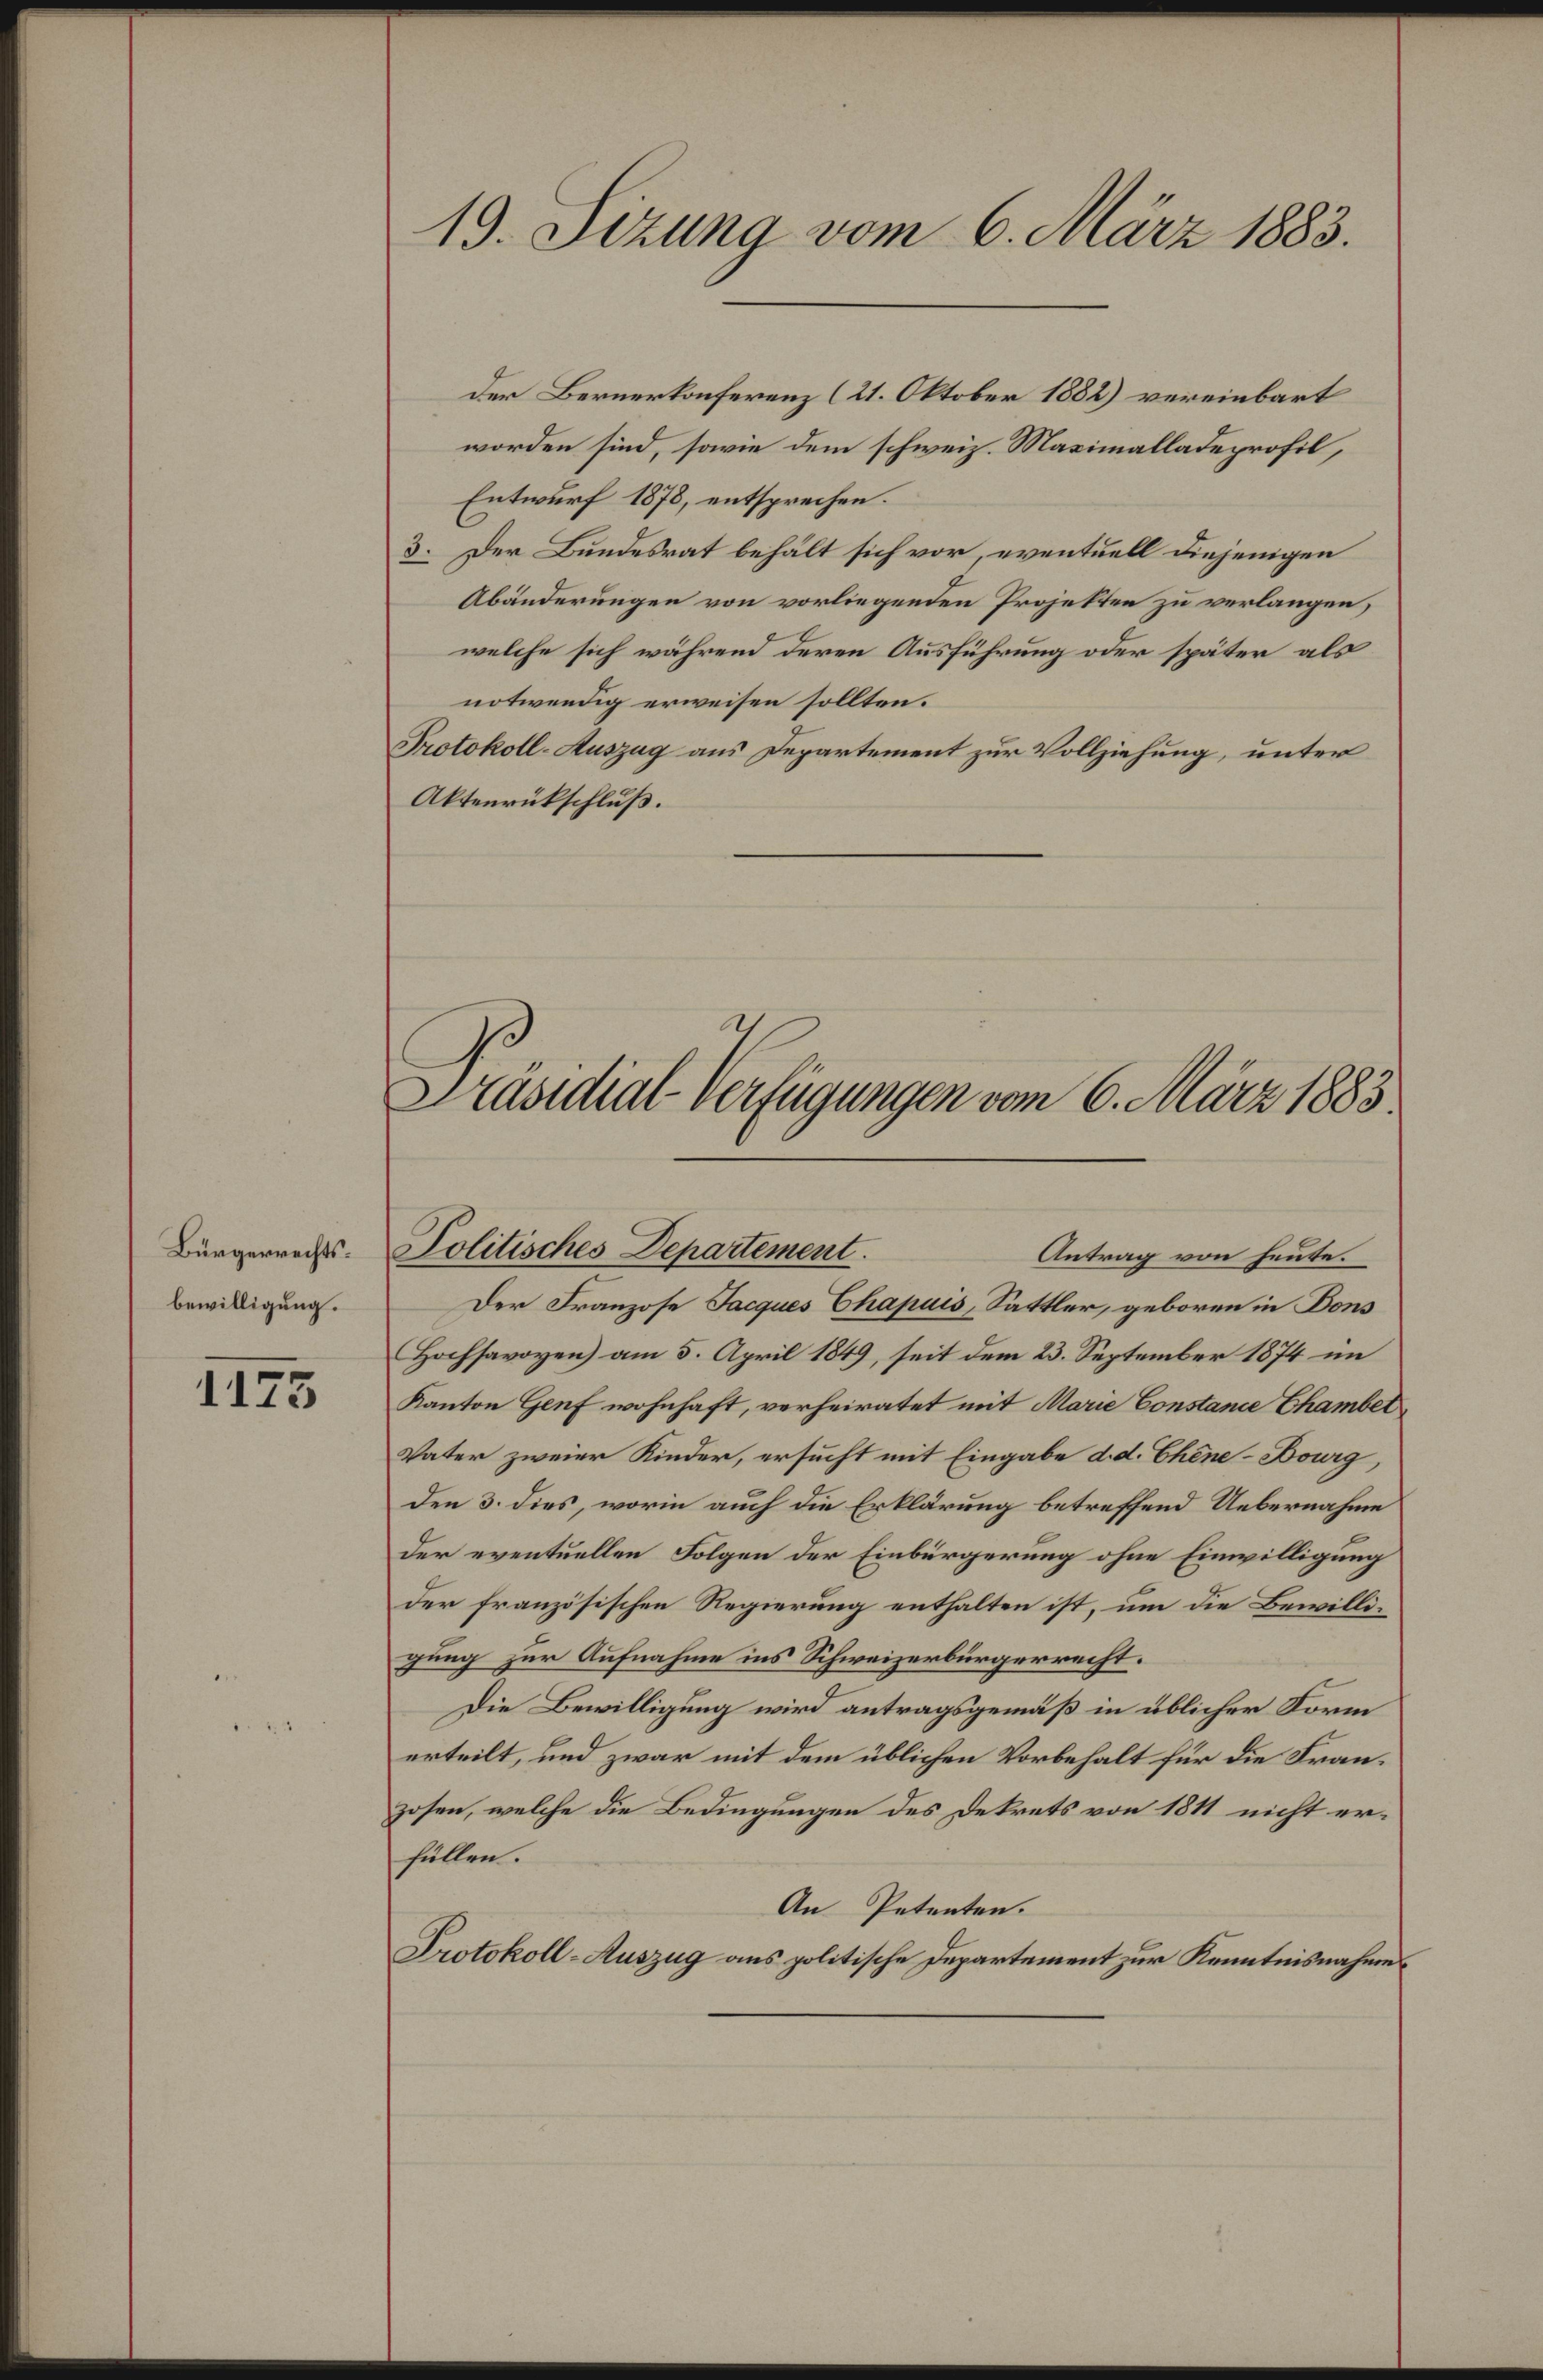
Bürgerrechtsbewilligung.

1175

19. Sizung vom 6. März 1883.

worden sind, sowie dem schweiz. Maximalladeprofil,
Entwurf 1878, entsprechen.
3. Der Bundesrat behält sich vor, eventuell diejenigen
Abänderungen von vorliegenden Projekten zu verlangen,
welche sich während deren Ausführung oder später als
notwendig erweisen sollten.
Protokoll-Auszug aus Departement zur Vollziehung, unter
Aktenrückschluß.

Der Franzose Jacques Chapuis, Sattler, geboren in Bons
Hochsavoyen) am 5. April 1849, seit dem 23. September 1874 im
Kanton Genf wohnhaft, verheiratet mit Marie Constanie Chamber
Vater zweier Kinder, ersucht mit Eingabe d. d. Chine-Bourg,
Den 3. dies, worin auch die Erklärung betreffend Uebernahme
der eventuellen Folgen der Einbürgerung ohne Einwilligung
der französischen Regierung enthalten ist, um die Bewilligung zur Aufnahme ins Schweizerbürgerrecht.
Die Bewilligung wird antragsgemäß in üblicher Form
erteilt, und zwar mit dem üblichen Vorbehalt für die Franzosen, welche die Bedingungen des Dekrets von 1811 nicht erfüllen.
An Petenten.
Protokoll-Auszug aus politische Departement zur Kenntnisnahme

Der Bernerkonferenz (21. Oktober 1882) vereinbart

.
Politisches Departement.
Antrag von heute.

Präsidial-Verfügungen vom 6. März 1885